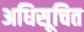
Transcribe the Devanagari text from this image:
अधिसूचित